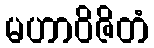
မဟာဝိဇိတံ